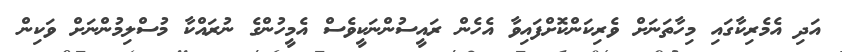
އަދި އެމެރިކާގައި މިހާތަނަށް ވެރިކަންކޮށްފައިވާ އެހެން ރައީސުންނަކީވެސް އެމީހުންގެ ނުރައްކާ މުސްލިމުންނަށް ވަކިން